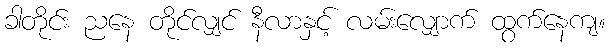
ခါတိုင်း ညနေ တိုင်လျှင် နီလာနှင့် လမ်းလျှောက် ထွက်နေကျ။